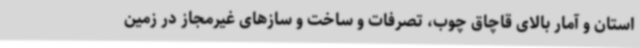
استان و آمار بالای قاچاق چوب، تصرفات و ساخت و سازهای غیرمجاز در زمین